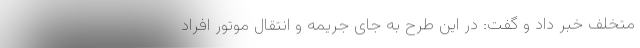
متخلف خبر داد و گفت: در این طرح به جای جریمه و انتقال موتور افراد